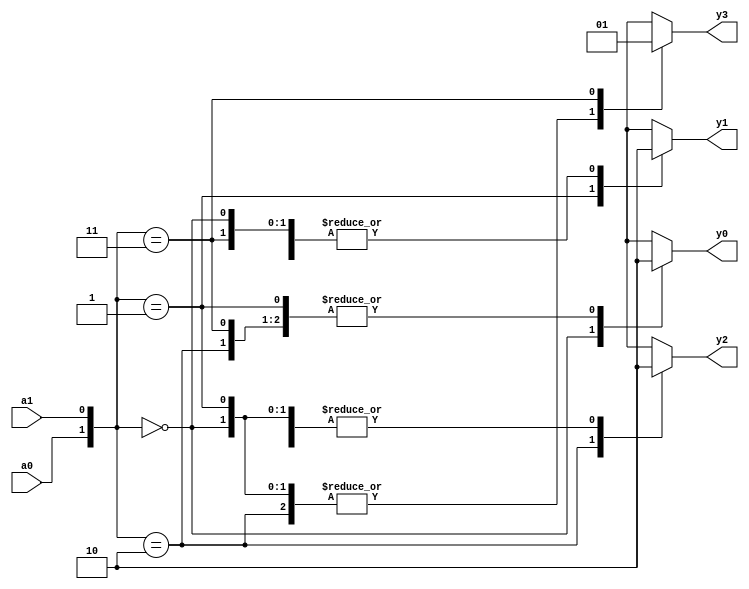

module decoder_beh(a0,a1,y0,y1,y2,y3);
input a0,a1;
output reg y0,y1,y2,y3;
always@(*)
begin
case({a0,a1})
(2'b00):begin
y0=1;
y1=0;
y2=0;
y3=0;
end
(2'b01):begin
y0=0;
y1=1;
y2=0;
y3=0;
end
(2'b10):begin
y0=0;
y1=0;
y2=1;
y3=0;
end
(2'b11):begin
y0=0;
y1=0;
y2=0;
y3=1;
end
endcase
end
endmodule